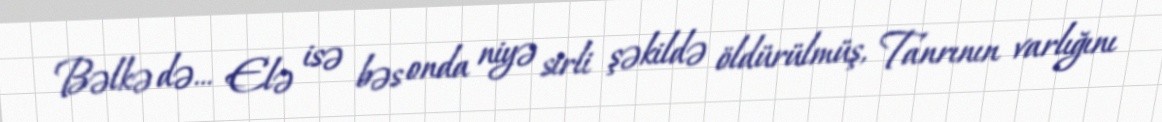
Bəlkə də… Elə isə bəs onda niyə sirli şəkildə öldürülmüş, Tanrının varlığını